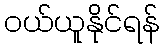
ဝယ်ယူနိုင်ရန်